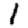
Digit: 1